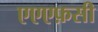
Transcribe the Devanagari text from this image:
एएएफ़सी